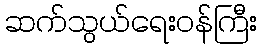
ဆက်သွယ်ရေးဝန်ကြီး